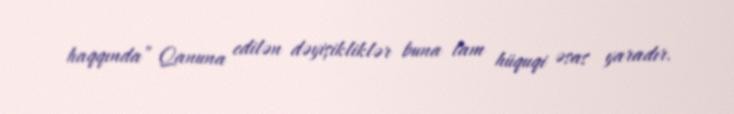
haqqında” Qanuna edilən dəyişikliklər buna tam hüquqi əsas yaradır.